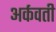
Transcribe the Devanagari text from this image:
अर्कवती